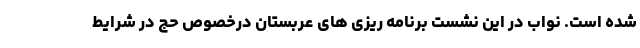
شده است. نواب در این نشست برنامه ریزی های عربستان درخصوص حج در شرایط